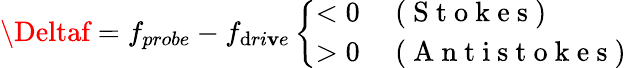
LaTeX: \Deltaf=f_{probe}-f_{\mathrm{d}ri\mathbf{v}e}\left\{ \begin{array}{ll}{<0}&{\mathrm{~(~S~t~o~k~e~s~)~}}\\ {>0}&{\mathrm{~(~A~n~t~i~s~t~o~k~e~s~)~}}\end{array}\right.